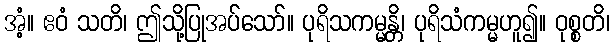
အံ့။ ဧဝံ သတိ၊ ဤသို့ပြုအပ်သော်။ ပုရိသကမ္မန္တိ၊ ပုရိသံကမ္မဟူ၍။ ဝုစ္စတိ၊